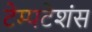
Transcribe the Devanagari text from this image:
टेम्पटेशंस